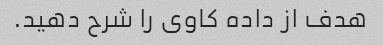
هدف از داده کاوی را شرح دهید.